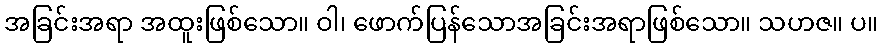
အခြင်းအရာ အထူးဖြစ်သော။ ဝါ၊ ဖောက်ပြန်သောအခြင်းအရာဖြစ်သော။ သဟဇ။ ပ။